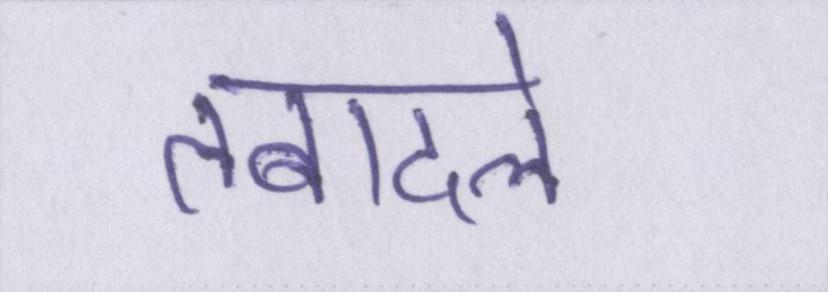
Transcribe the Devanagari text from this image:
तबादले